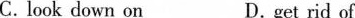
C.look down on D.got rid of